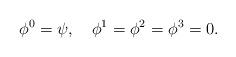
LaTeX: \begin{align*}\phi^0=\psi,\quad \phi^1=\phi^2=\phi^3=0.\end{align*}